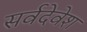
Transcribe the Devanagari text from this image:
सर्वदेवेश